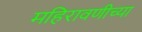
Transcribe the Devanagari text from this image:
महिरावणीच्या